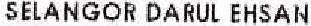
SELANGOR DARUL EHSAN